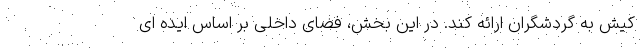
کیش به گردشگران ارائه کند. در این بخش، فضای داخلی بر اساس ایده ای